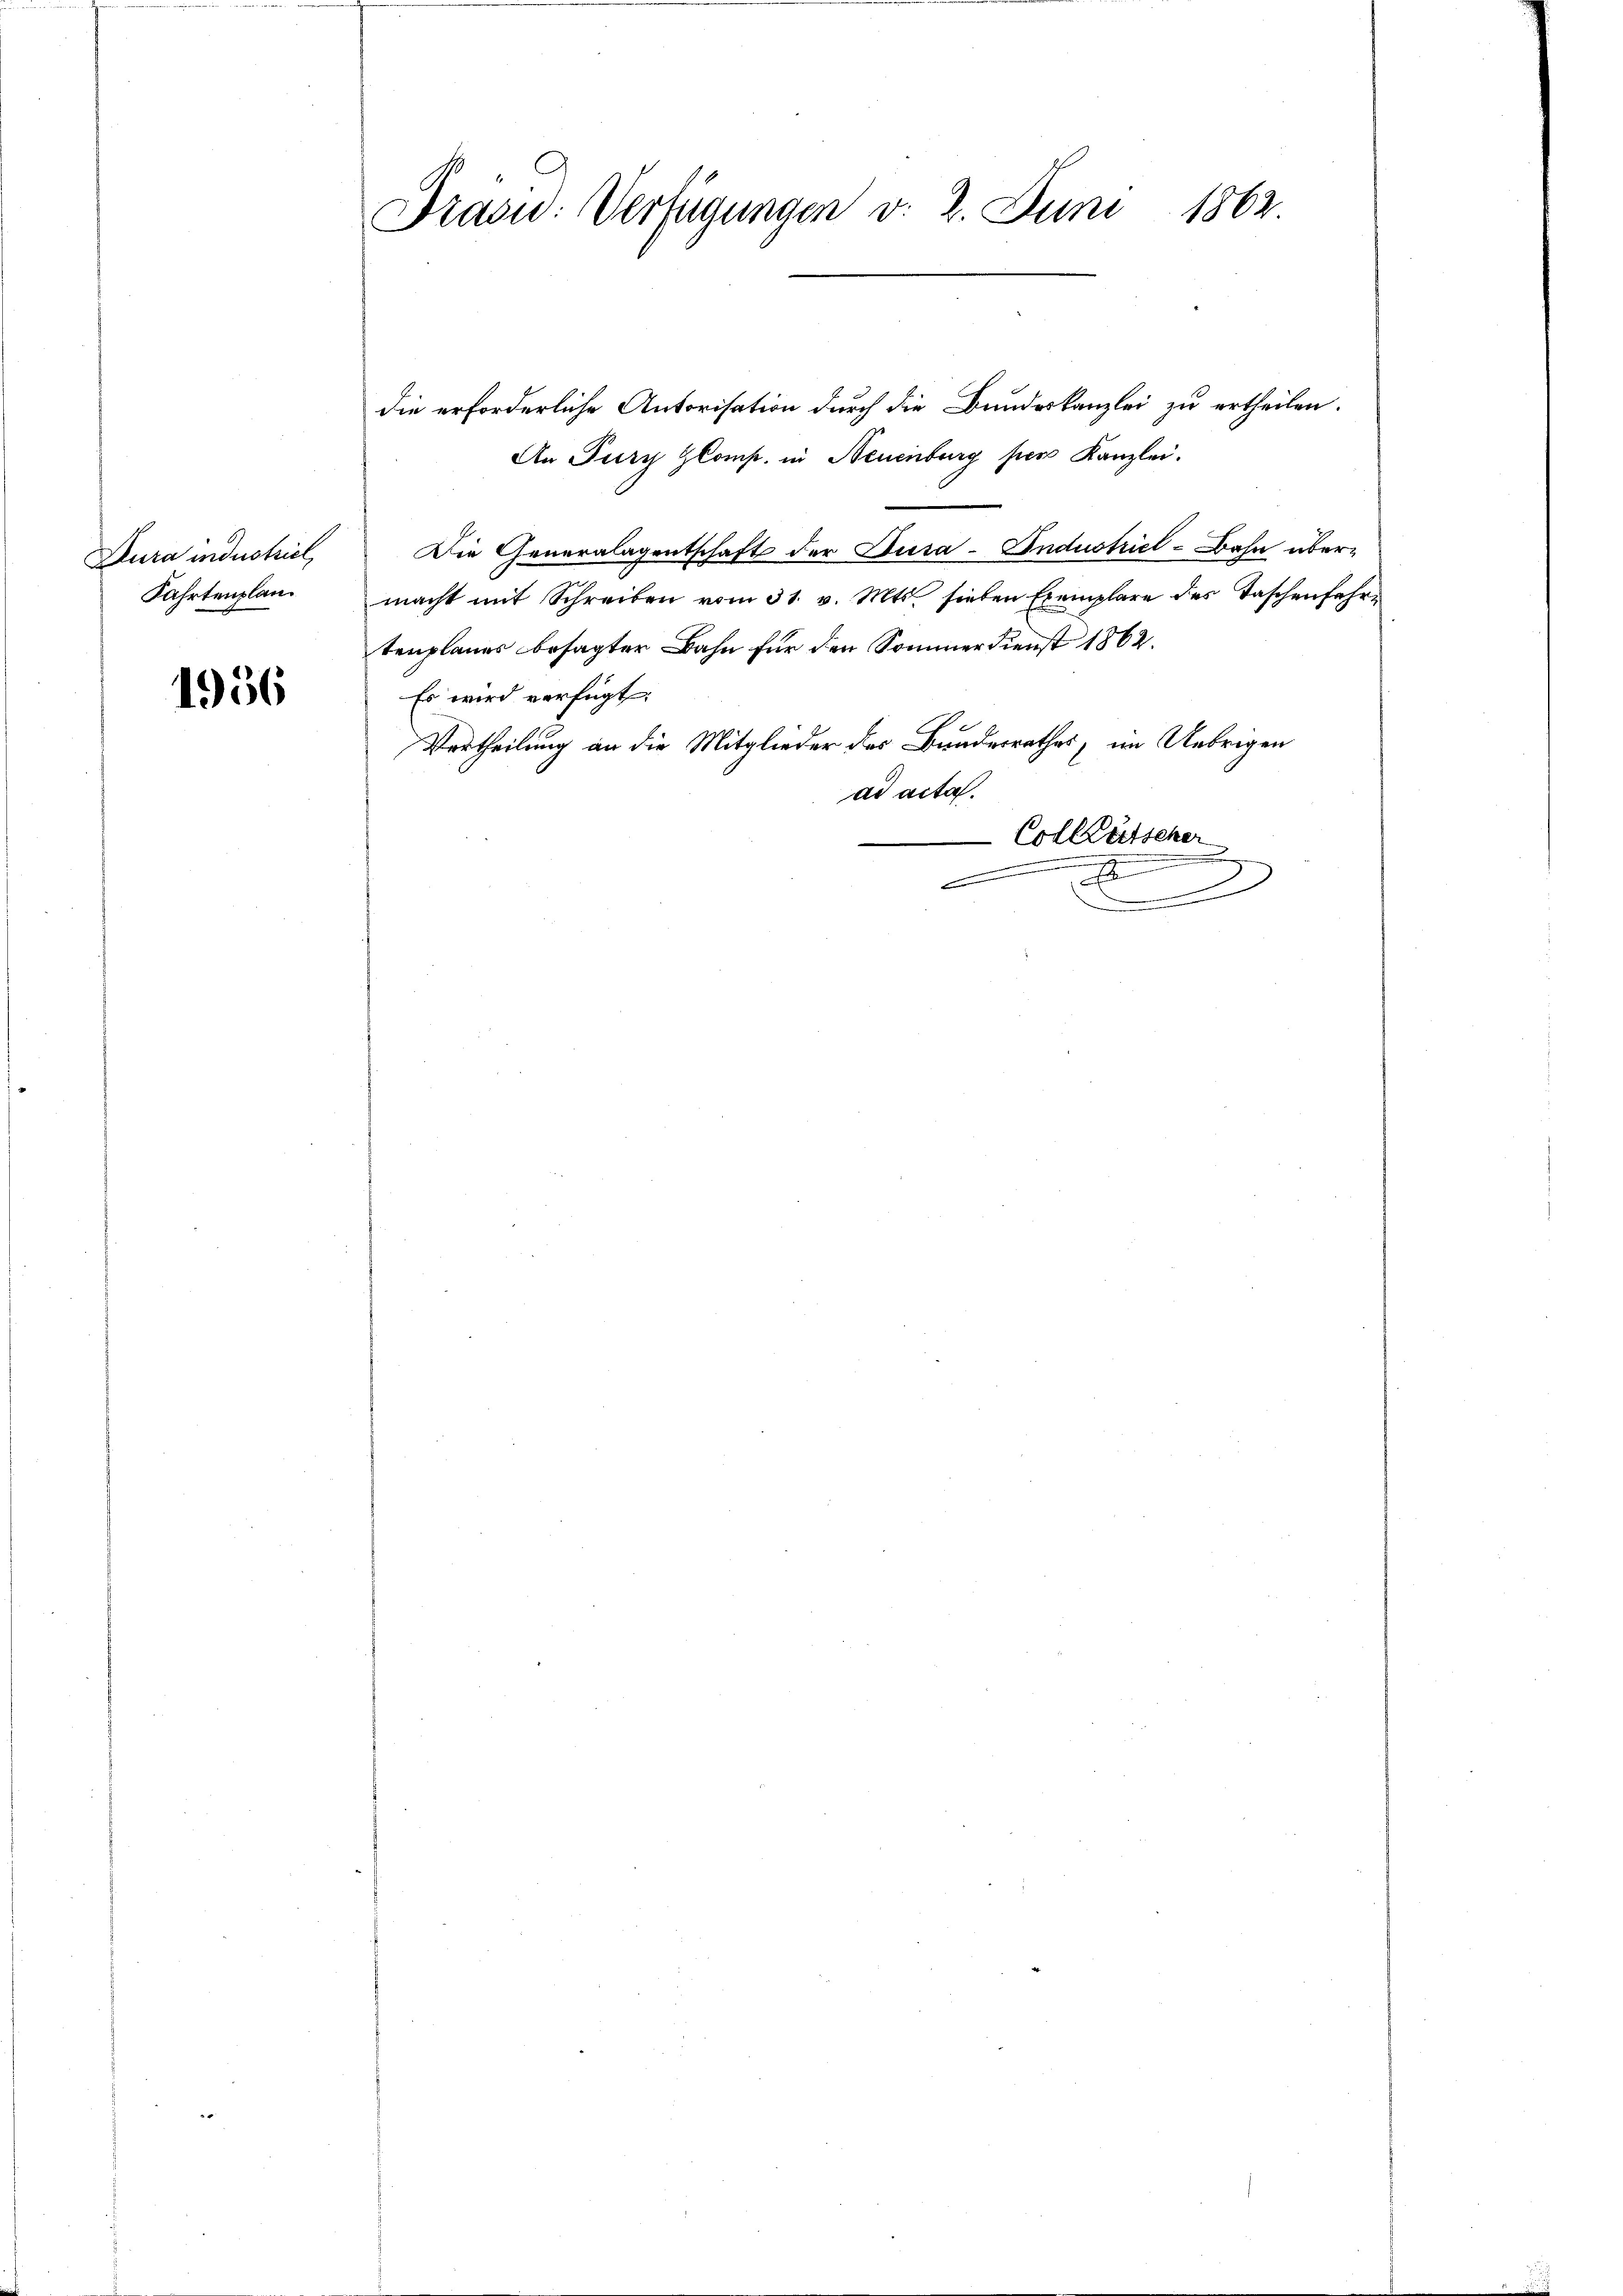
Dura industriel
Fahrtenplan.

1956

Präsid. Verfügungen v. 2. Juni 1862.

die erforderliche Autorisation durch die Bundeskanzlei zu ertheilen.
An Fury Comp. in Neuenburg per Kanzlei.
Die Generalagentschaft der Jura-Industriel-Bahn übermacht mit Schreiben vom 31. v. Mts. sieben Exemplare des Taschenfahr
tenplanes besagter Bahn für den Sommerdienst 1862.
Es wird verfügt:
Vertheilung an die Mitglieder des Bundesrathes, im Uebrigen
ad acta.
Colletscher
z
x
.